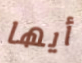
أيها